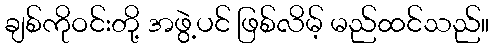
ချစ်ကိုဝင်းတို့ အဖွဲ့ပင် ဖြစ်လိမ့် မည်ထင်သည်။